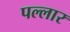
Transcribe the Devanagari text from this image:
पल्लार